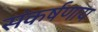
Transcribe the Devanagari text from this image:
संकर्षणाय